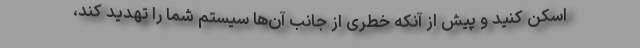
اسکن کنید و پیش از آنکه خطری از جانب آن‌ها سیستم شما را تهدید کند،